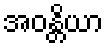
အဝန္တိယာ